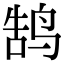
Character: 鹄